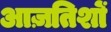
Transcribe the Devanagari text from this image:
आज़तिशों